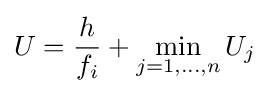
U={\frac {h}{f_{i}}}+\min _{j=1,\ldots ,n}U_{j}